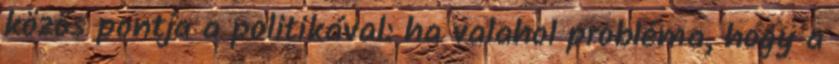
közös pontja a politikával: ha valahol probléma, hogy a